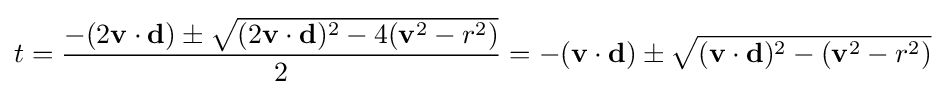
t={\frac {-(2\mathbf {v} \cdot \mathbf {d} )\pm {\sqrt {(2\mathbf {v} \cdot \mathbf {d} )^{2}-4(\mathbf {v} ^{2}-r^{2})}}}{2}}=-(\mathbf {v} \cdot \mathbf {d} )\pm {\sqrt {(\mathbf {v} \cdot \mathbf {d} )^{2}-(\mathbf {v} ^{2}-r^{2})}}